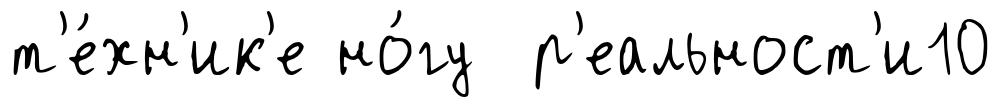
т'е́хн'ик'е но́гу р'еальност'и10